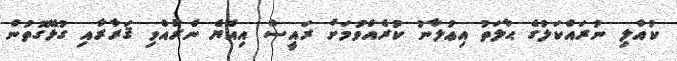
ކުއްލި ނުރައްކަލުގެ ޙާލަތު އިޢުލާނު ކުރެއްވުމަށް ރައީސް އިއްޔެ ނެރުއްވި ޤަރާރާއި ގުޅޭގޮތުން